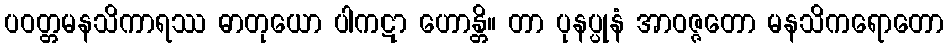
ပဝတ္တမနသိကာရဿ ဓာတုယော ပါကဋာ ဟောန္တိ။ တာ ပုနပ္ပုနံ အာဝဇ္ဇတော မနသိကရောတော